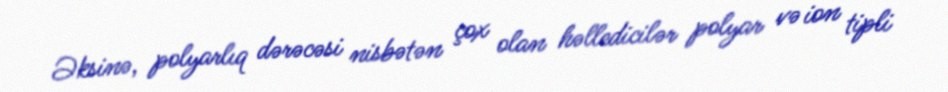
Əksinə, polyarlıq dərəcəsi nisbətən çox olan həlledicilər polyar və ion tipli